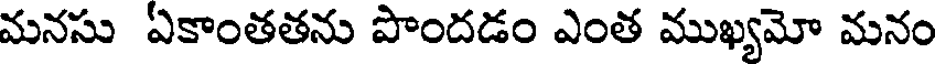
మనసు ఏకాంతతను పొందడం ఎంత ముఖ్యమో మనం